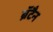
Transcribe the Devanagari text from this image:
ब्रॅटैन